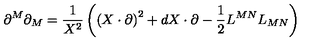
\partial ^ { M } \partial _ { M } = \frac { 1 } { X ^ { 2 } } \left( \left( X \cdot \partial \right) ^ { 2 } + d X \cdot \partial - \frac { 1 } { 2 } L ^ { M N } L _ { M N } \right)